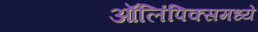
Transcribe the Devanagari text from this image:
ऑलिंपिक्समध्ये